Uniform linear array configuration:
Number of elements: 4
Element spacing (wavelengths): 0.5
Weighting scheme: cosine
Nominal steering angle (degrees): -60
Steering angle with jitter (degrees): -58.428
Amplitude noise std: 0.05
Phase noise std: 0.05

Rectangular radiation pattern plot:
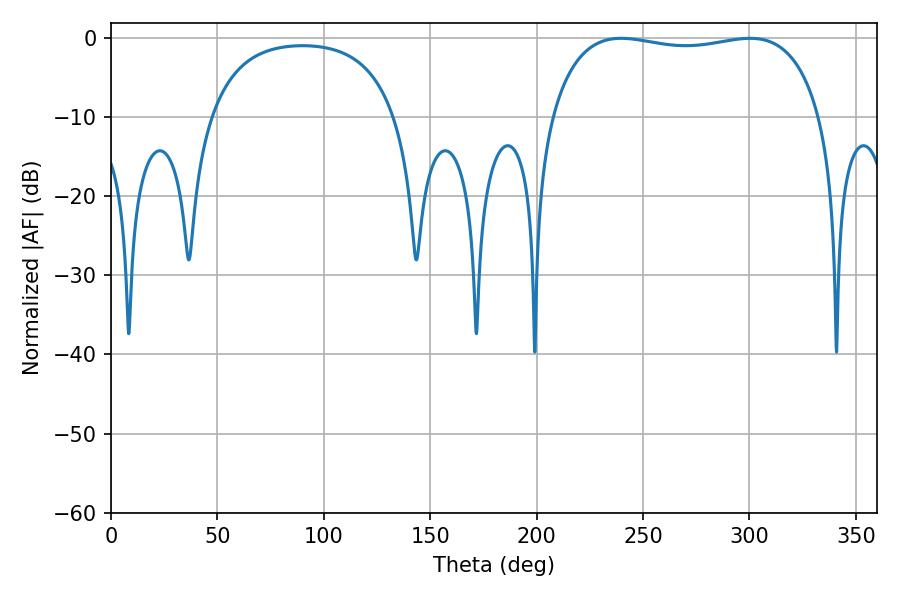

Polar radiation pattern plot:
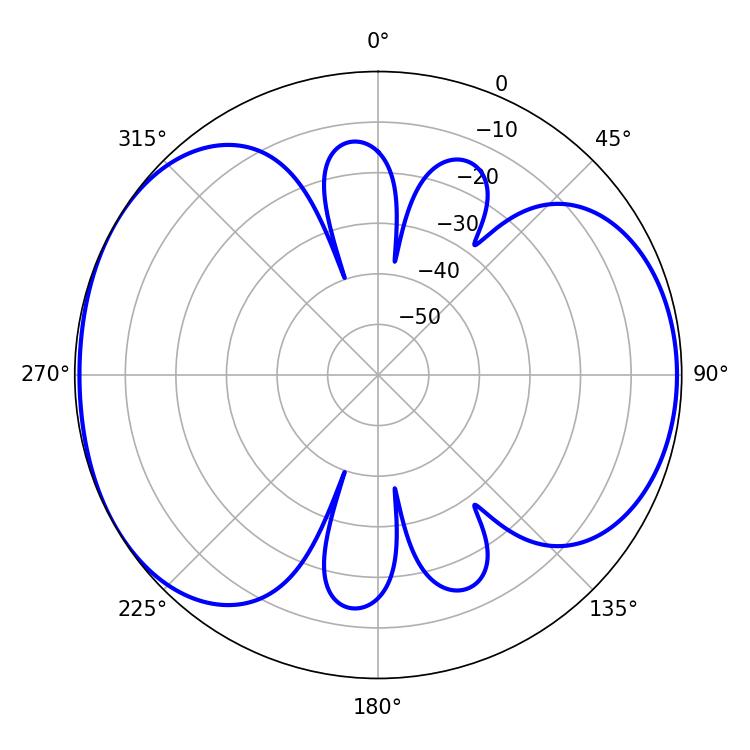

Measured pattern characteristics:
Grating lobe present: FALSE
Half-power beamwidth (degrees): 102.6
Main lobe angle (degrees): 300.24